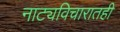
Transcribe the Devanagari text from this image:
नाट्यविचारातही